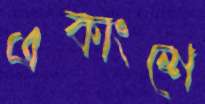
একাংশে